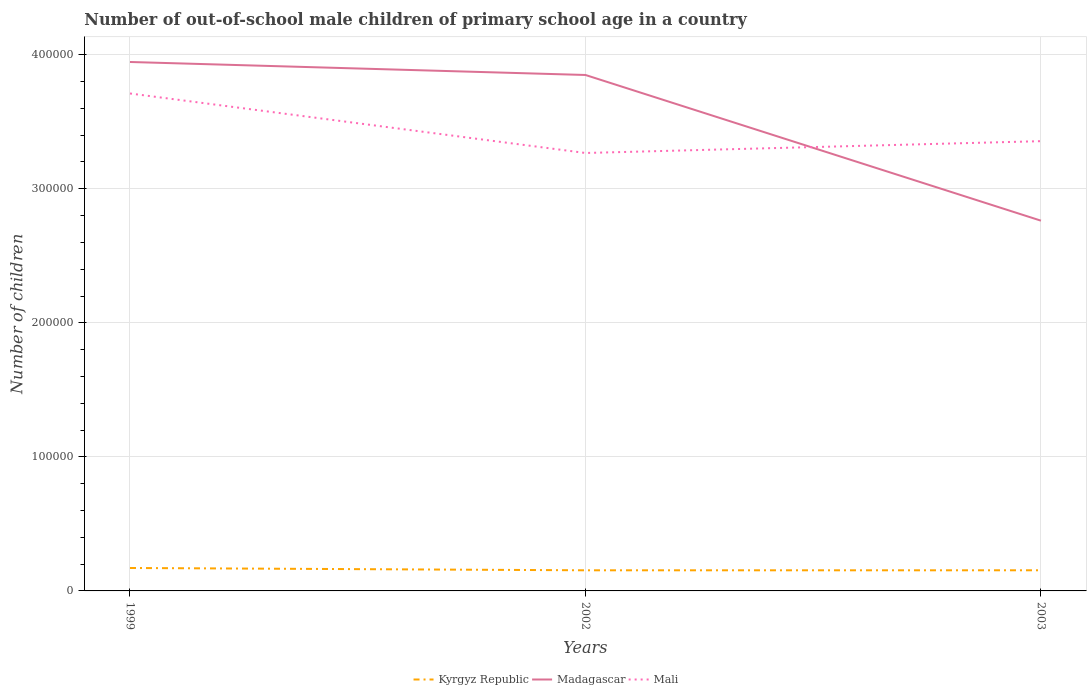
| Years | Kyrgyz Republic | Madagascar | Mali |
 | --- | --- | --- | --- |
 | 1999 | 1.71e+04 | 3.95e+05 | 3.71e+05 |
 | 2002 | 1.54e+04 | 3.85e+05 | 3.27e+05 |
 | 2003 | 1.54e+04 | 2.76e+05 | 3.36e+05 |